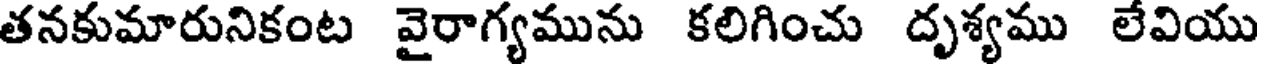
తనకుమారునికంట వైరాగ్యమును కలిగించు దృశ్యము లేవియు